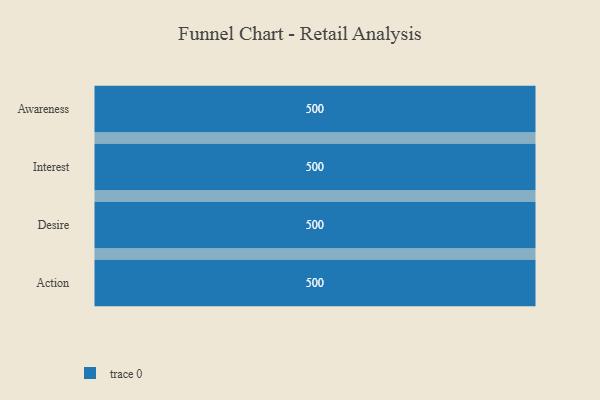
{"axis": {"x": "Stage", "y": "Value"}, "legend": [""], "data": [{"x": "Awareness", "y": 500, "type": ""}, {"x": "Interest", "y": 500, "type": ""}, {"x": "Desire", "y": 500, "type": ""}, {"x": "Action", "y": 500, "type": ""}]}